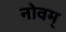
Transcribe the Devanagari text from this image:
नोवम्